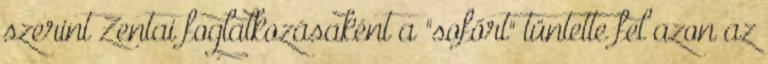
szerint Zentai foglalkozásaként a "sofőrt" tüntette fel azon az